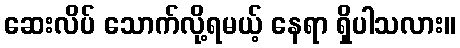
ဆေးလိပ် သောက်လို့ရမယ့် နေရာ ရှိပါသလား။